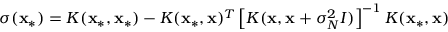
\sigma ( { \bf x _ { * } } ) = K ( { \bf x _ { * } } , { \bf x _ { * } } ) - K ( { \bf x _ { * } } , { \bf x } ) ^ { T } \left[ K ( { \bf x } , { \bf x } + \sigma _ { N } ^ { 2 } I ) \right] ^ { - 1 } K ( { \bf x _ { * } } , { \bf x } )